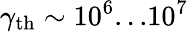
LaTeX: \gamma_{\mathrm{th}}\sim 10^{6}...10^{7}